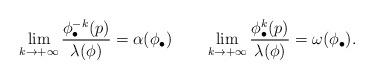
LaTeX: \begin{align*}\lim_{k\to +\infty}\frac{\phi_\bullet^{-k}(p)}{\lambda(\phi)}=\alpha(\phi_\bullet)\qquad\lim_{k\to +\infty}\frac{\phi_\bullet^k(p)}{\lambda(\phi)}=\omega(\phi_\bullet).\end{align*}